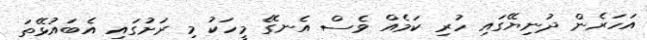
އަހަރެން ދުނިޔޭގައި ހުރި ކަމެއް ވެސް އެނގޭ މީހަކު މި ރަށުގައި އެބައުޅޭތަ